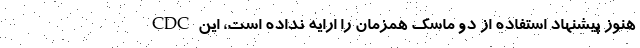
CDC هنوز پیشنهاد استفاده از دو ماسک همزمان را ارایه نداده است، این